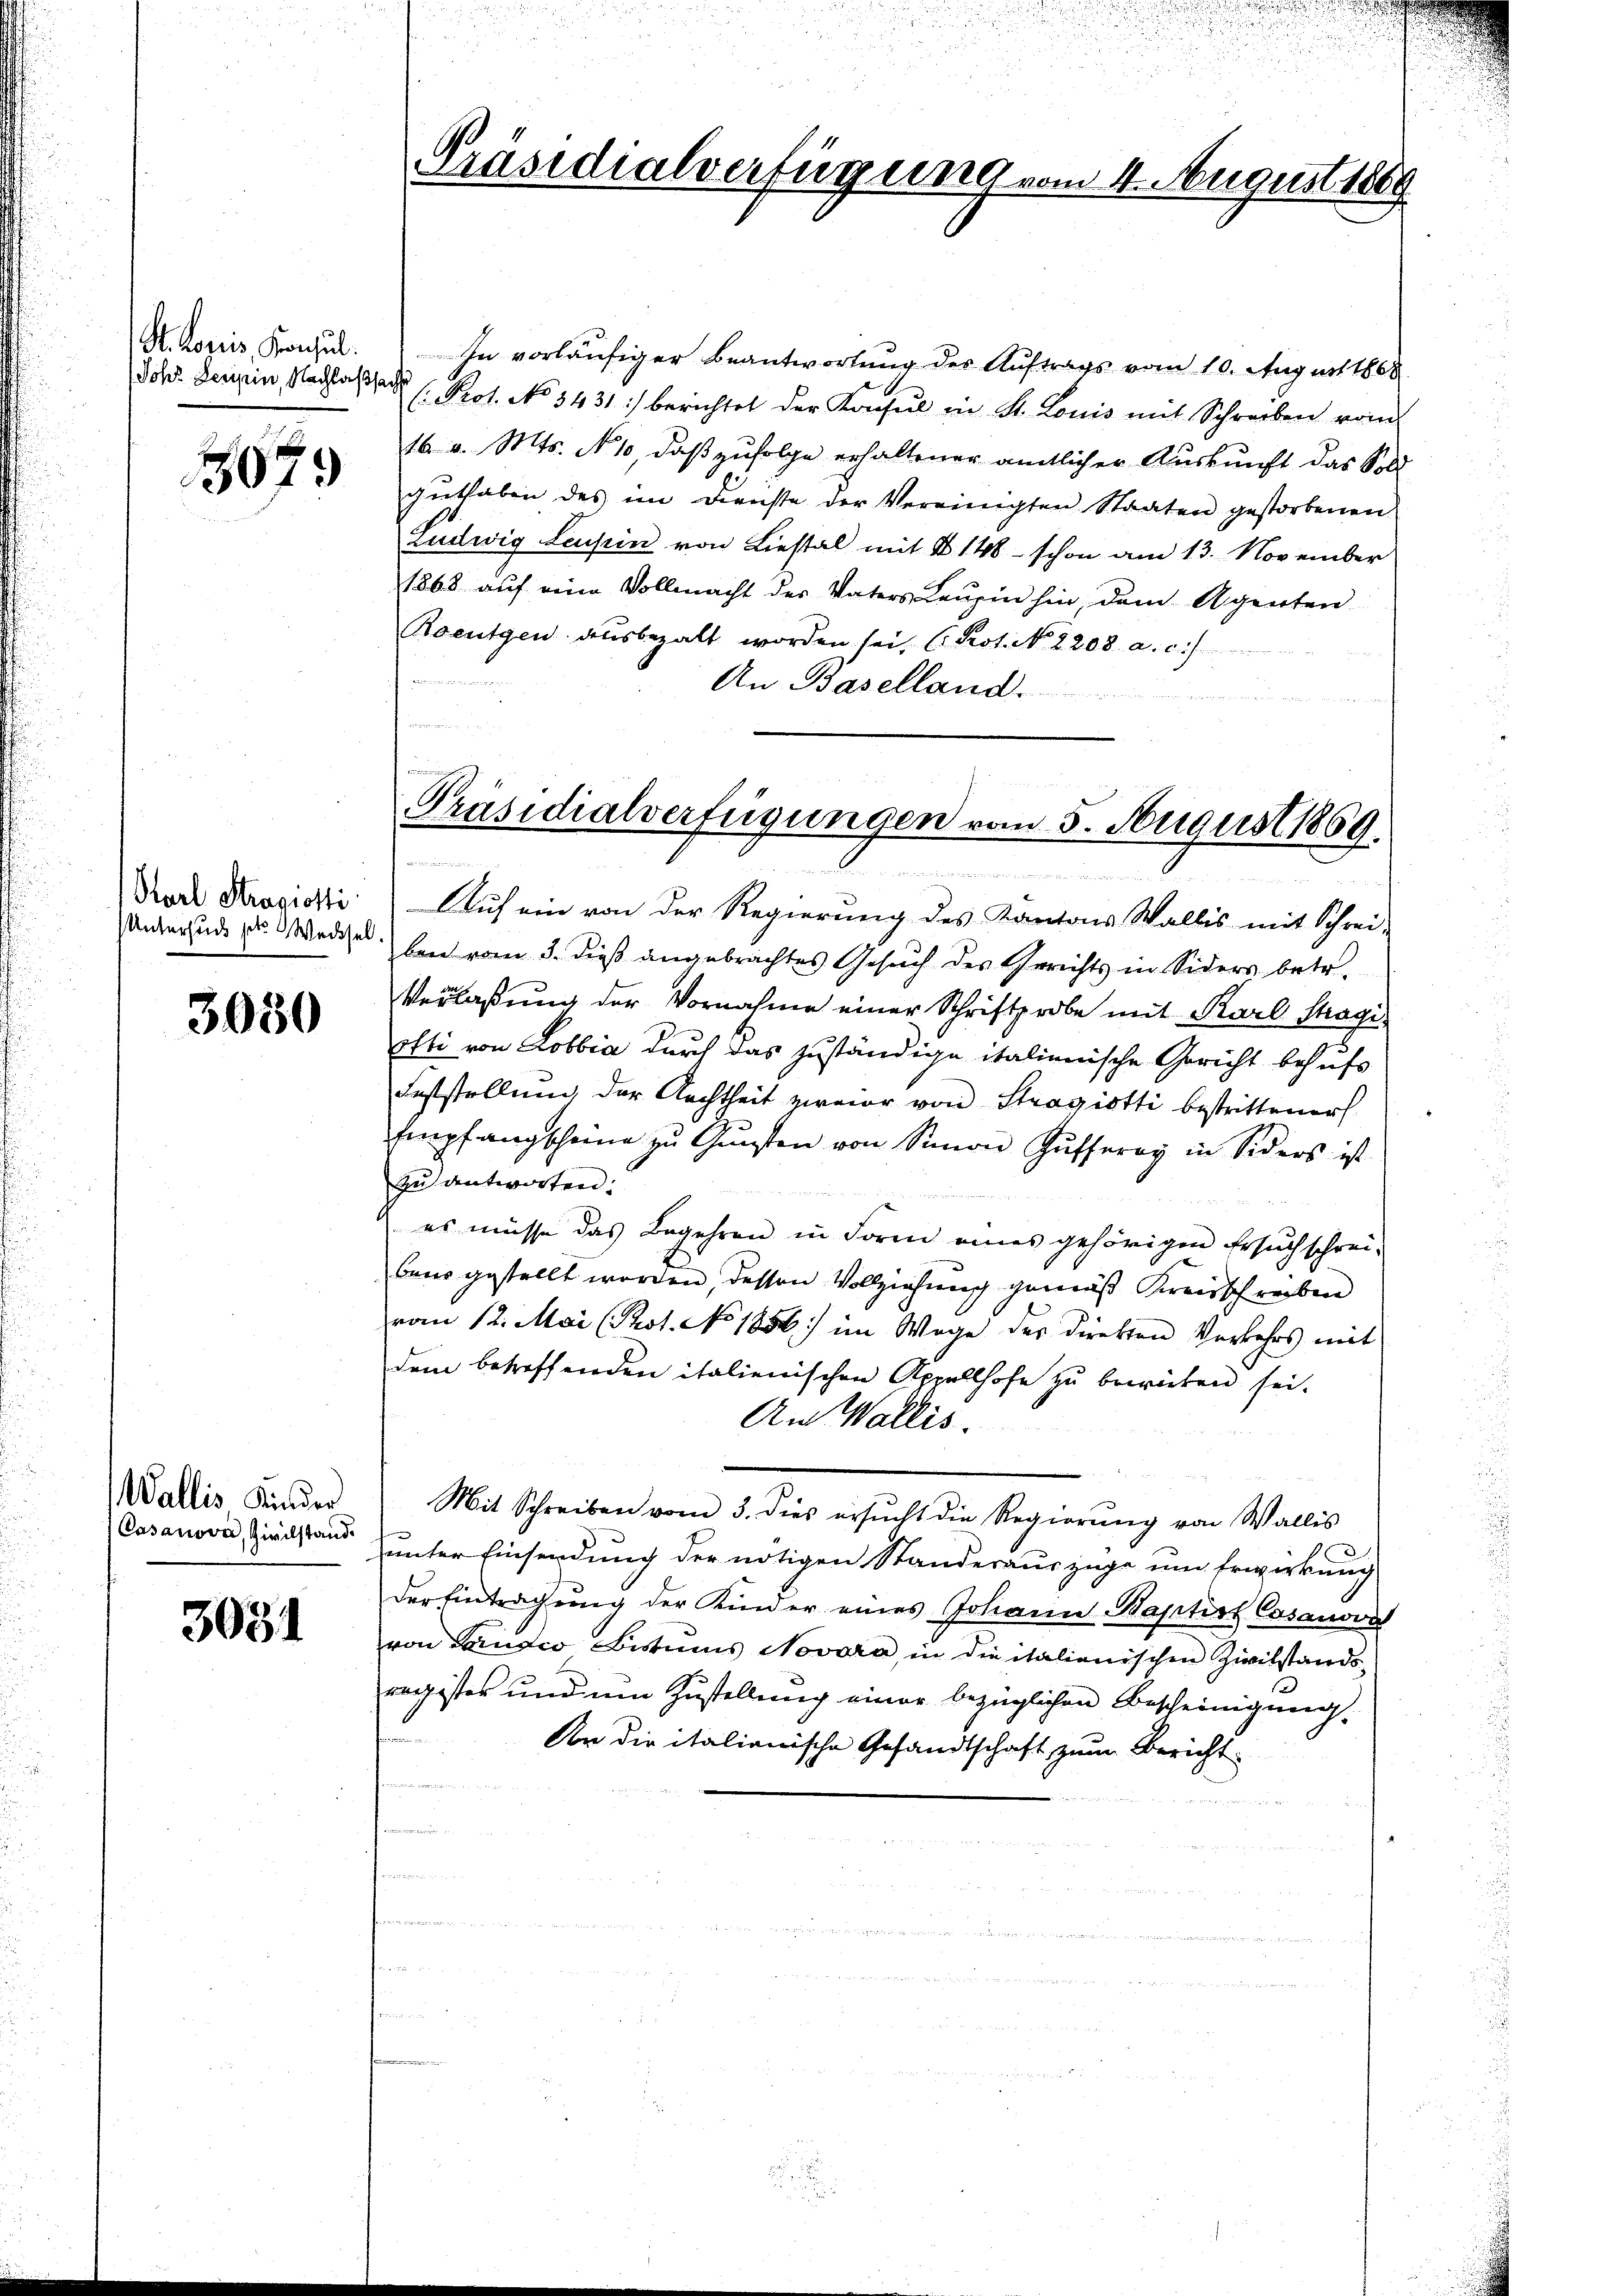
St. Logis, Konsul

679

Ptarl Stragiotti
Unterhude hat. Weisel

3050

Wallis Kinder
Casanova, Zivilstand.

3031

In vorläufiger Beantwortung des Auftrags vom 10. August 1808
Joh. Berein, Nachlasser (Prot. No 3431 :/ berichtet der Konsul in St. Louis mit Schreiben vom
16 v. Mts. No 10, daß zufolge erhaltener amtlicher Auskunft das Sold
guthaben des im Dienste der Vereinigten Staaten gestorbenen
Ludwig Leupin von Liestal mit § 148 - schon am 13. November
1868 auf eine Vollmacht der Vaters Leuzin hin, dem Agenten
Roentgen aŭsbezalt worden sei, (Prot. N. 2203. a. c.)
An Baselland

Präsidialverfügung vom 4. August 1889

Präsidialverfügungen vom 5. August 1869.

Auf ein von der Regierung des Kantons Wallis mit Schrei-
ben vom 3. dieß angebrachtes Gesuch des Gerichts in Siders betr.
Verlaßung der Vornahme einer Schriftprobe mit Karl Stragi
otti von Lobbia durch das zuständige italienische Gericht behufs
Feststellung der Nachtheit zweier von Stragiotti bestrittener
Empfangscheine zŭ Gŭnsten von Simon Hüfferay in Siders ist
zu antworten.
es müsse das Begehren in Form eines gehörigen Ersuch schrei-
baus gestellt worden, dessen Vollziehung gemäß Kreisschreiben
vom 12. Mai (Pot. No. 1856 im Wege der Direkten Vorkehrs mit
dem betreffenden italienischen Appellhofe zu bewüten sei.
An Wallis.
Mit Schreiben vom 3. dies ersŭcht die Regierŭng von Wallis
unter Einsendung der nötigen Standesauszüge um Erwirkung
der Eintragung der Kinder eines Johann Baptirt Casanova
von Lander Bistums Novoro, in die italienischen Zivilstands
register und um Zustellung einer bezüglichen Bescheinigung,
Dr die italianische Gesandtschaft zum Bericht
u

.